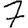
Digit: 7